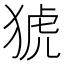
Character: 猇